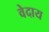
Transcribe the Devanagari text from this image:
वेदाय